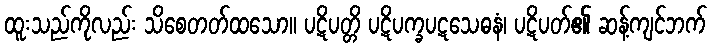
ထူးသည်ကိုလည်း သိစေတတ်ထသော။ ပဋိပတ္တိ ပဋိပက္ခပဋသေဓနံ၊ ပဋိပတ်၏ ဆန့်ကျင်ဘက်